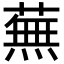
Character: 蕪